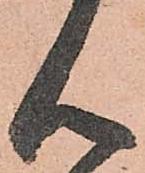
ん